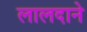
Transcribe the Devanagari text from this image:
लालदाने